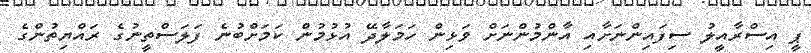
ޕީ އިސްރާއީލު ސިފައިންނަށާއި އާންމުންނަށް ވަޅިން ހަމަލާދޭ އުޅުމުން ކަމަށްބުނެ ފަލަސްތީނުގެ ރައްޔިތުންގެ